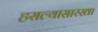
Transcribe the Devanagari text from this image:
हसल्यासारखा